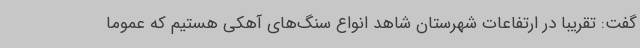
گفت: تقریبا در ارتفاعات شهرستان شاهد انواع سنگ‌های آهکی هستیم که عموما